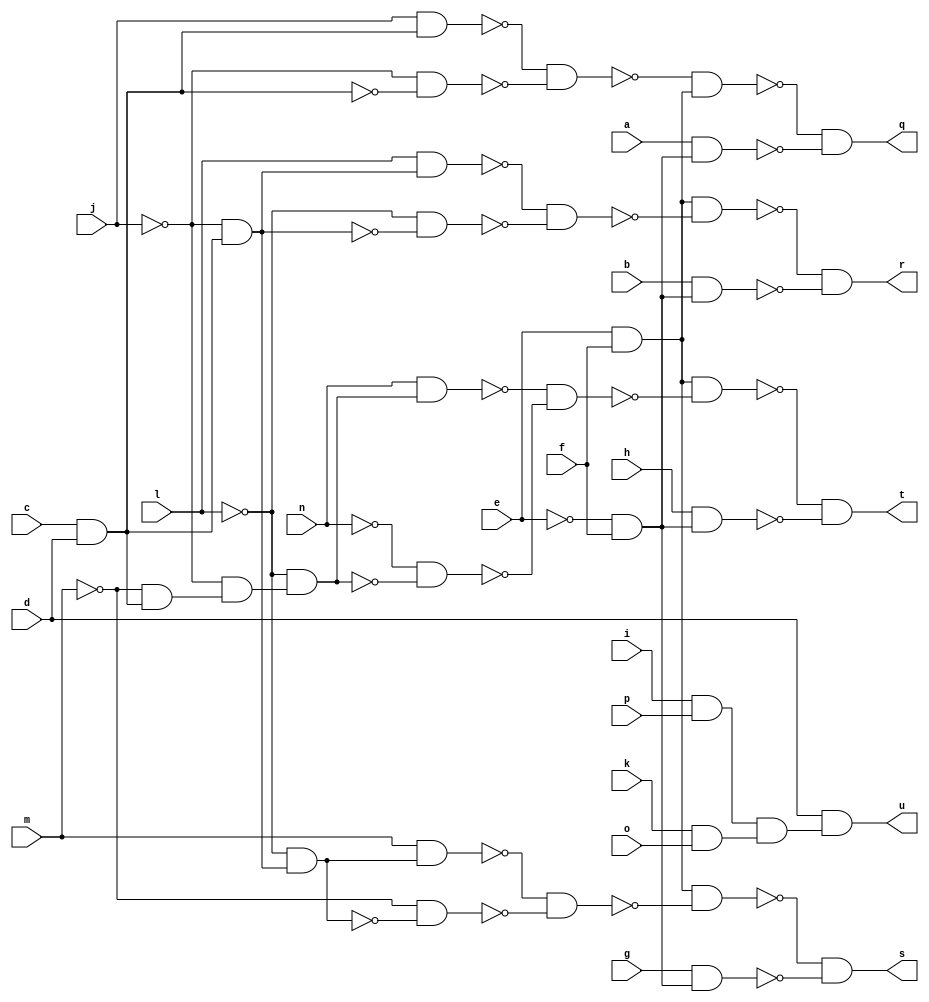
module CM163 ( 
    a, b, c, d, e, f, g, h, i, j, k, l, m, n, o, p,
    q, r, s, t, u  );
  input  a, b, c, d, e, f, g, h, i, j, k, l, m, n, o, p;
  output q, r, s, t, u;
  wire new_n22_, new_n23_, new_n24_, new_n25_, new_n26_, new_n27_, new_n28_,
    new_n29_, new_n31_, new_n32_, new_n33_, new_n34_, new_n35_, new_n36_,
    new_n38_, new_n39_, new_n40_, new_n41_, new_n42_, new_n43_, new_n45_,
    new_n46_, new_n47_, new_n48_, new_n49_, new_n50_, new_n51_, new_n52_,
    new_n54_, new_n55_, new_n56_;
  assign new_n22_ = ~e & f;
  assign new_n23_ = c & d;
  assign new_n24_ = j & new_n23_;
  assign new_n25_ = ~j & ~new_n23_;
  assign new_n26_ = ~new_n24_ & ~new_n25_;
  assign new_n27_ = e & f;
  assign new_n28_ = ~new_n26_ & new_n27_;
  assign new_n29_ = a & new_n22_;
  assign q = ~new_n28_ & ~new_n29_;
  assign new_n31_ = ~j & new_n23_;
  assign new_n32_ = l & new_n31_;
  assign new_n33_ = ~l & ~new_n31_;
  assign new_n34_ = ~new_n32_ & ~new_n33_;
  assign new_n35_ = new_n27_ & ~new_n34_;
  assign new_n36_ = b & new_n22_;
  assign r = ~new_n35_ & ~new_n36_;
  assign new_n38_ = ~l & new_n31_;
  assign new_n39_ = m & new_n38_;
  assign new_n40_ = ~m & ~new_n38_;
  assign new_n41_ = ~new_n39_ & ~new_n40_;
  assign new_n42_ = new_n27_ & ~new_n41_;
  assign new_n43_ = g & new_n22_;
  assign s = ~new_n42_ & ~new_n43_;
  assign new_n45_ = ~m & new_n23_;
  assign new_n46_ = ~j & new_n45_;
  assign new_n47_ = ~l & new_n46_;
  assign new_n48_ = n & new_n47_;
  assign new_n49_ = ~n & ~new_n47_;
  assign new_n50_ = ~new_n48_ & ~new_n49_;
  assign new_n51_ = new_n27_ & ~new_n50_;
  assign new_n52_ = h & new_n22_;
  assign t = ~new_n51_ & ~new_n52_;
  assign new_n54_ = i & p;
  assign new_n55_ = k & o;
  assign new_n56_ = new_n54_ & new_n55_;
  assign u = d & new_n56_;
endmodule